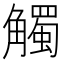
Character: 觸